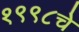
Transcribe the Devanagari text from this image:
१९९८चे